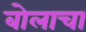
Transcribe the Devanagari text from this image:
बोलाचा